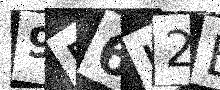
Text: 9B6L2E